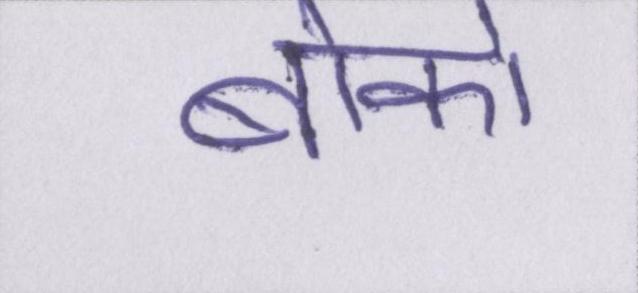
बोको